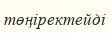
төңіректейді